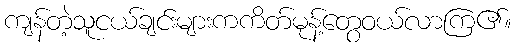
ကျန်တဲ့သူငယ်ချင်းများကကိတ်မုန့်တွေဝယ်လာကြ၏။